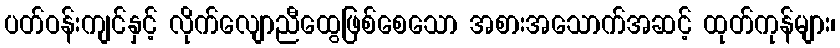
ပတ်ဝန်းကျင်နှင့် လိုက်လျောညီထွေဖြစ်စေသော အစားအသောက်အဆင့် ထုတ်ကုန်များ၊